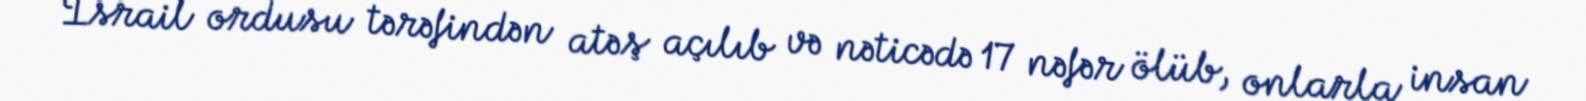
İsrail ordusu tərəfindən atəş açılıb və nəticədə 17 nəfər ölüb, onlarla insan